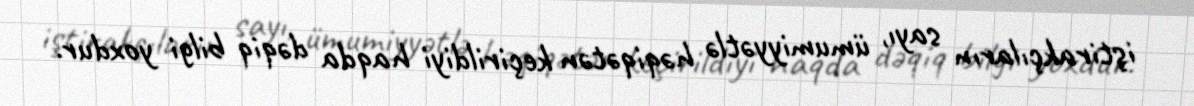
iştirakçıların sayı, ümumiyyətlə həqiqətən keçirildiyi haqda dəqiq bilgi yoxdur.